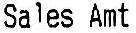
SALES AMT